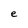
Character: e